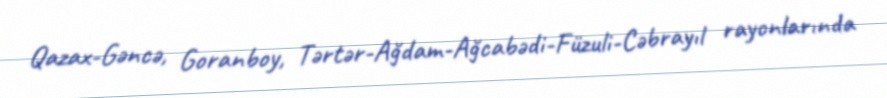
Qazax-Gəncə, Goranboy, Tərtər-Ağdam-Ağcabədi-Füzuli-Cəbrayıl rayonlarında